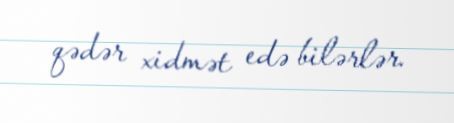
qədər xidmət edə bilərlər.